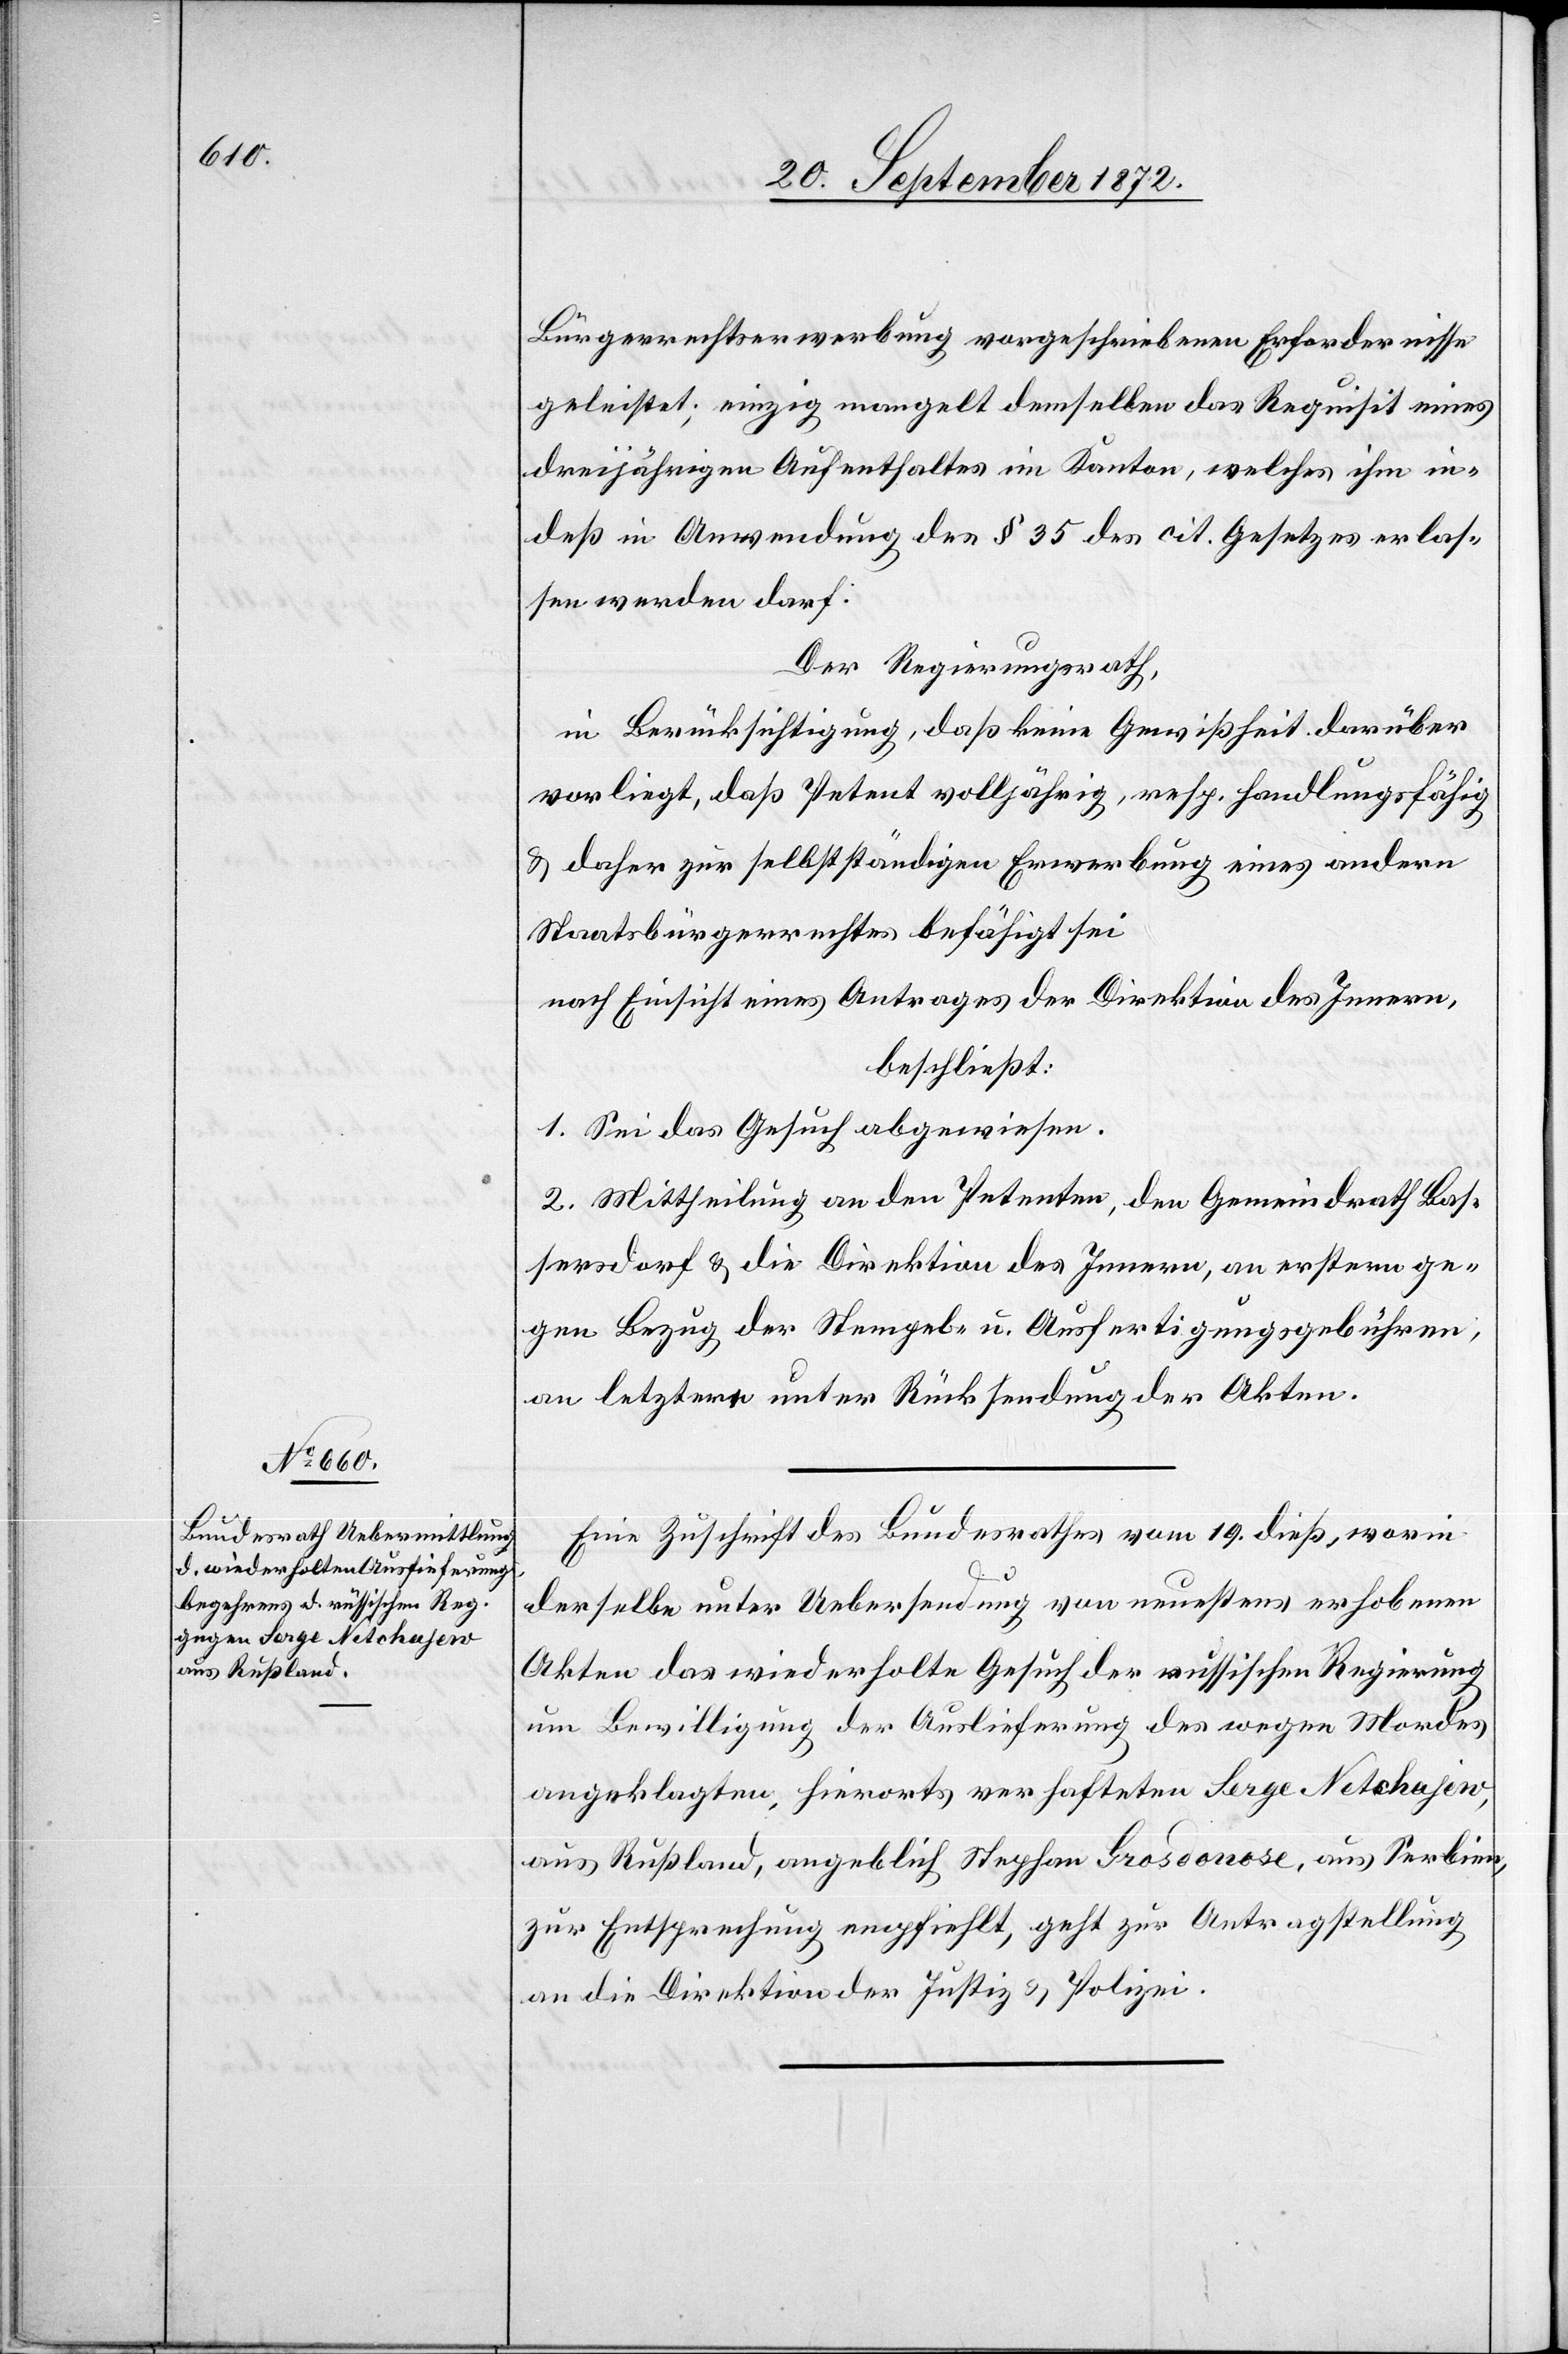
21. September 1872.]
Bürgerrechtserwerbung vorgeschriebenen Erfordernisse
geleistet; einzig mangelt demselben das Requisit eines
dreijährigen Aufenthaltes im Kanton, welches ihm in¬
deß in Anwendung des § 35 des cit. Gesetzes erlas¬
sen werden darf.
Der Regierungsrath,
in Berücksichtigung, daß keine Gewißheit darüber
vorliegt, daß Petent volljährig, resp. handlungsfähig
u. daher zur selbstständigen Erwerbung eines andern
Staatsbürgerrechtes befähigt sei
nach Einsicht eines Antrages der Direktion des Innern,
beschließt:
1. Sei das Gesuch abgewiesen.
2. Mittheilung an den Petenten, den Gemeindrath Bas¬
sersdorf u. die Direktion des Innern, an erstern ge¬
gen Bezug der Stempel- u. Ausfertigungsgebühren,
an letztere unter Rücksendung der Akten.
Eine Zuschrift des Bundesrathes vom 19. dieß, worin
derselbe unter Uebersendung von neuestens erhobenen
Akten das wiederholte Gesuch der russischen Regierung
um Bewilligung der Auslieferung des wegen Mordes
angeklagten, hierorts verhafteten Serge Netchajew,
aus Rußland, angeblich Stephan Grosdonose, aus Serbien,
zur Entsprechung empfiehlt, geht zur Antragstellung
an die Direktion der Justiz u. Polizei.